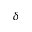
\delta